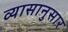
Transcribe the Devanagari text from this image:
व्यासानुसार